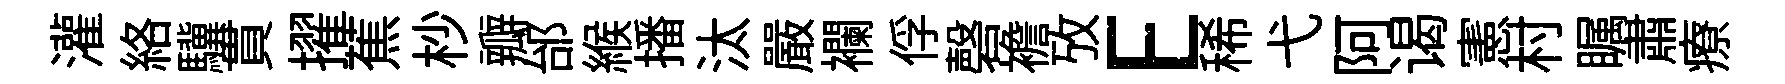
灌絡驥貫擢蕉杪瓣邰緱播汰嚴襴俘磬襜攷E稀弋阿谒憲村瞩肅療